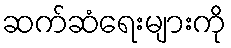
ဆက်ဆံရေးများကို